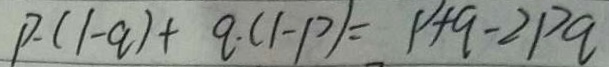
P \cdot ( 1 - q ) + q \cdot ( 1 - P ) = 1 + q - 2 p q